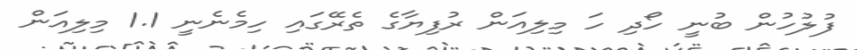
ފުލުހުން ބުނީ ހޯދި ހަ މިލިއަން ރުފިޔާގެ ތެރޭގައި ހިމެނެނީ 1.1 މިލިއަން